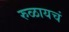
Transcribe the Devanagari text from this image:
रुळायचं